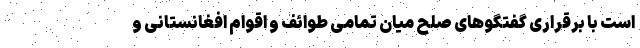
است با برقراری گفتگوهای صلح میان تمامی طوائف و اقوام افغانستانی و